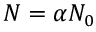
N = \alpha N _ { 0 }